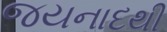
જયનાદથી